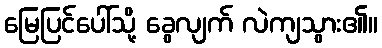
မြေပြင်ပေါ်သို့ ခွေလျက် လဲကျသွား၏။